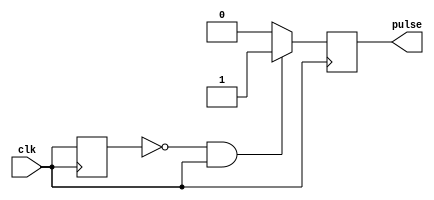
module RisingEdgePulseGenerator (
    input wire clk,
    output reg pulse
);

reg clk_prev;

always @(posedge clk) begin
    if(clk_prev == 1'b0 && clk == 1'b1) begin
        pulse <= 1'b1;
    end else begin
        pulse <= 1'b0;
    end
    clk_prev <= clk;
end

endmodule